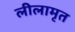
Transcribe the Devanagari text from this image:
लीलामृत